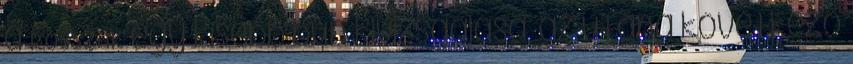
a ROSSZAK egy kisebb bűn kivizsgálása, az utána következő